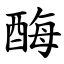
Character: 酶